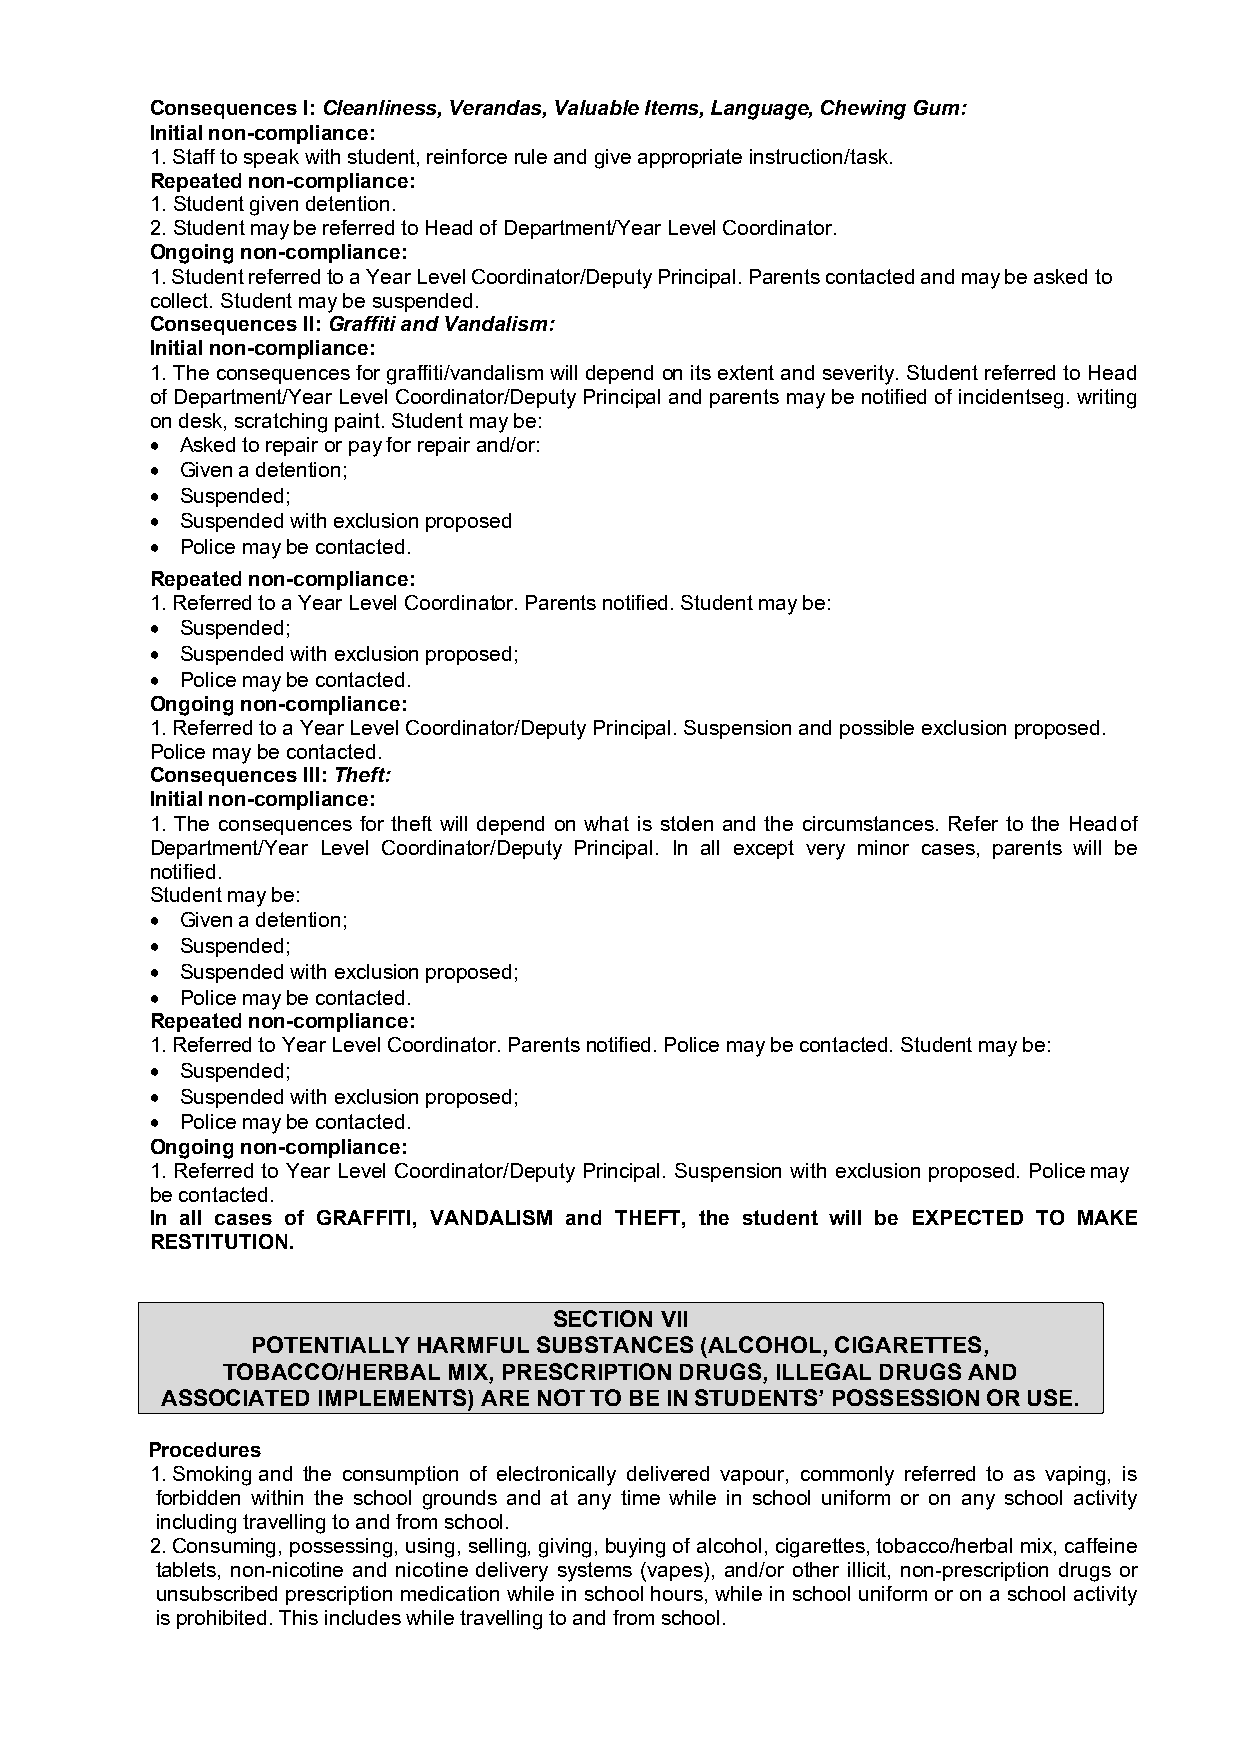
Consequences I: Cleanliness, Verandas, Valuable Items, Language, Chewing Gum:
 Initial non-compliance:
 1. Staff to speak with student, reinforce rule and give appropriate instruction/task.
 Repeated non-compliance:
 1. Student given detention.
 2. Student may be referred to Head of Department/Year Level Coordinator.
 Ongoing non-compliance:
 1. Student referred to a Year Level Coordinator/Deputy Principal. Parents contacted and may be asked to
 collect. Student may be suspended.
 Consequences II: Graffiti and Vandalism:
 Initial non-compliance:
 1. The consequences for graffiti/vandalism will depend on its extent and severity. Student referred to Head
 of Department/Year Level Coordinator/Deputy Principal and parents may be notified of incidents eg. writing
 on desk, scratching paint. Student may be:
  Asked to repair or pay for repair and/or:
  Given a detention;
  Suspended;
  Suspended with exclusion proposed
  Police may be contacted.
 Repeated non-compliance:
 1. Referred to a Year Level Coordinator. Parents notified. Student may be:
  Suspended;
  Suspended with exclusion proposed;
  Police may be contacted.
 Ongoing non-compliance:
 1. Referred to a Year Level Coordinator/Deputy Principal. Suspension and possible exclusion proposed.
 Police may be contacted.
 Consequences III: Theft:
 Initial non-compliance:
 1. The consequences for theft will depend on what is stolen and the circumstances. Refer to the Head of
 Department/Year Level Coordinator/Deputy Principal. In all except very minor cases, parents will be
 notified.
 Student may be:
  Given a detention;
  Suspended;
  Suspended with exclusion proposed;
  Police may be contacted.
 Repeated non-compliance:
 1. Referred to Year Level Coordinator. Parents notified. Police may be contacted. Student may be:
  Suspended;
  Suspended with exclusion proposed;
  Police may be contacted.
 Ongoing non-compliance:
 1. Referred to Year Level Coordinator/Deputy Principal. Suspension with exclusion proposed. Police may
 be contacted.
 In all cases of GRAFFITI, VANDALISM and THEFT, the student will be EXPECTED TO MAKE
 RESTITUTION.
 SECTION VII
 POTENTIALLY HARMFUL SUBSTANCES (ALCOHOL, CIGARETTES,
 TOBACCO/HERBAL MIX, PRESCRIPTION DRUGS, ILLEGAL DRUGS AND
 ASSOCIATED IMPLEMENTS) ARE NOT TO BE IN STUDENTS’ POSSESSION OR USE.
 Procedures
 1. Smoking and the consumption of electronically delivered vapour, commonly referred to as vaping, is
 forbidden within the school grounds and at any time while in school uniform or on any school activity
 including travelling to and from school.
 2. Consuming, possessing, using, selling, giving, buying of alcohol, cigarettes, tobacco/herbal mix, caffeine
 tablets, non-nicotine and nicotine delivery systems (vapes), and/or other illicit, non-prescription drugs or
 unsubscribed prescription medication while in school hours, while in school uniform or on a school activity
 is prohibited. This includes while travelling to and from school.